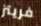
فريتز